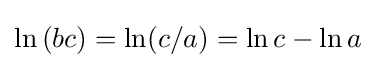
\operatorname {ln} {(bc)}=\operatorname {ln} (c/a)=\operatorname {ln} c-\operatorname {ln} a